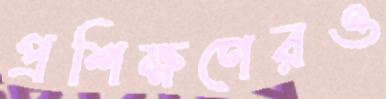
প্রশিক্ষণেরও